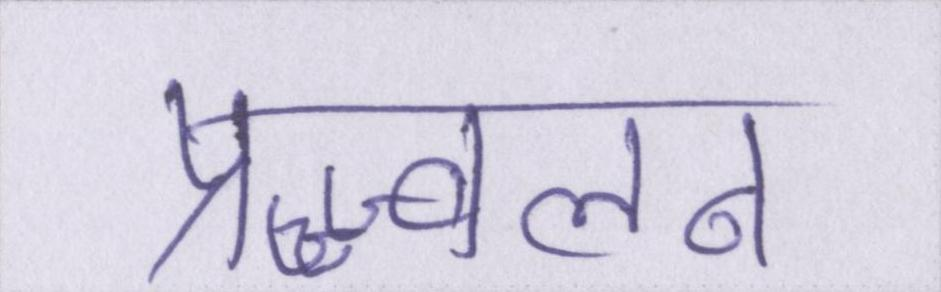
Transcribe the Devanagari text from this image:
प्रज्ज्वलन